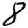
Digit: 8